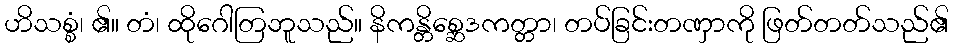
ဟိသစ္စံ၊ ၏။ တံ၊ ထိုဂေါတြဘူသည်။ နိကန္တိစ္ဆေဒကတ္တာ၊ တပ်ခြင်းတဏှာကို ဖြတ်တတ်သည်၏